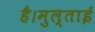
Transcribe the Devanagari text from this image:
है।मुल्ताई